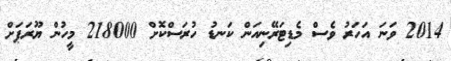
2014 ވަނަ އަހަރު ވެސް މެޑިޓަރޭނިއަން ކަނޑު ހުރަސްކޮށް 218000 މީހުން ޔޫރަޕަށް